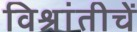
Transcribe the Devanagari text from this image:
विश्रांतीचें